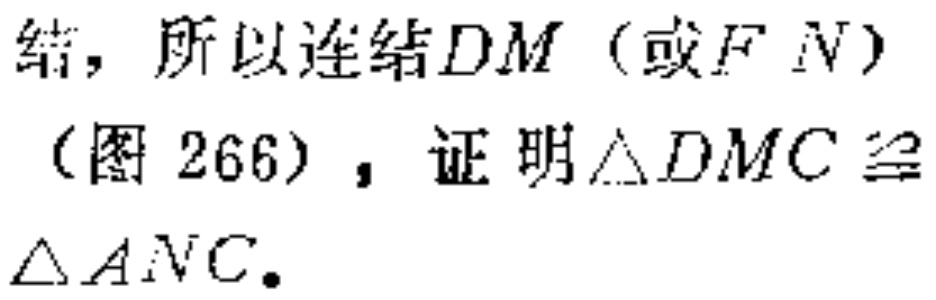
结，所以连结$DM$（或$FN$）（图 266），证明$\triangle DMC\cong\triangle ANC.$